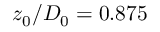
z _ { 0 } / D _ { 0 } = 0 . 8 7 5